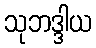
သုဘဒ္ဒါယ